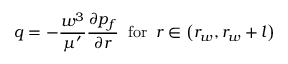
q = - \frac { w ^ { 3 } } { \mu ^ { \prime } } \frac { \partial p _ { f } } { \partial r } \; \; \mathrm { f o r } \; \; r \in \left( r _ { w } , r _ { w } + l \right)